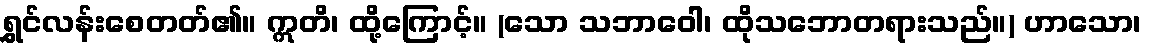
ရွှင်လန်းစေတတ်၏။ ဣတိ၊ ထို့ကြောင့်။ (သော သဘာဝေါ၊ ထိုသဘောတရားသည်။) ဟာသော၊